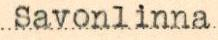
Savonlinna